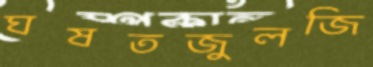
ঘষতজুলজি